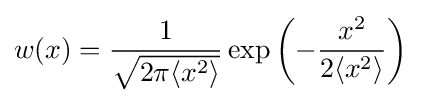
w(x)={\frac {1}{\sqrt {2\pi \langle x^{2}\rangle }}}\exp \left(-{\frac {x^{2}}{2\langle x^{2}\rangle }}\right)